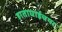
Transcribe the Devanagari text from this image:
हाताघाईचया